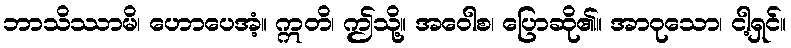
ဘာသိဿာမိ၊ ဟောပေအံ့။ ဣတိ၊ ဤသို့။ အဝေါစ၊ ပြောဆို၏။ အာဝုသော၊ ငါ့ရှင်။